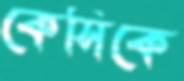
কেসিকে